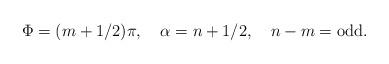
LaTeX: \begin{align*}\Phi =(m+1/2)\pi, \,\,\, \,\,\, \alpha= n+1/2, \,\,\, \,\,\, n-m= \mbox{odd}.\end{align*}